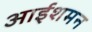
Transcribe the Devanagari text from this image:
आईशमन